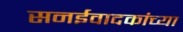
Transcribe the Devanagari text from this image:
सनईवादकांच्या